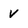
Character: V